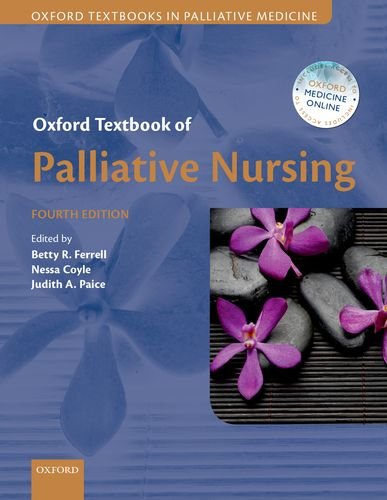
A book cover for Oxford Textbook of Palliative Nursing (Oxford Textbooks in Palliative Medicine); Self-Help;